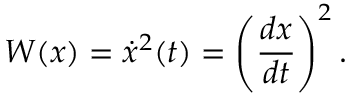
W ( x ) = \dot { x } ^ { 2 } ( t ) = \left( { \frac { d x } { d t } } \right) ^ { 2 } .